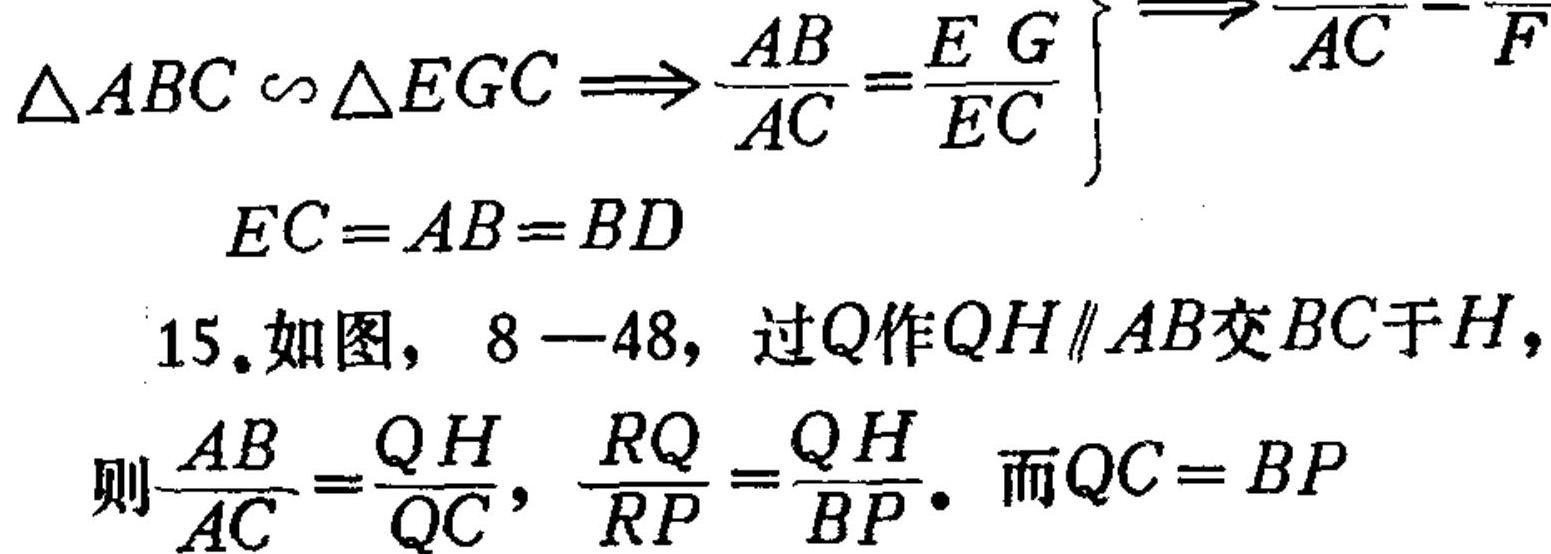
\(\triangle ABC \backsim \triangle EGC \Longrightarrow \frac{AB}{AC}=\frac{EG}{EC}\)
\(EC = AB = BD\)
15.如图，8—48，过\(Q\)作\(QH\parallel AB\)交\(BC\)于\(H\)，
则\(\frac{AB}{AC}=\frac{QH}{QC}\)，\(\frac{RQ}{RP}=\frac{QH}{BP}\). 而\(QC = BP\)